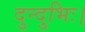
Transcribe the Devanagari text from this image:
दुन्दुभिः।